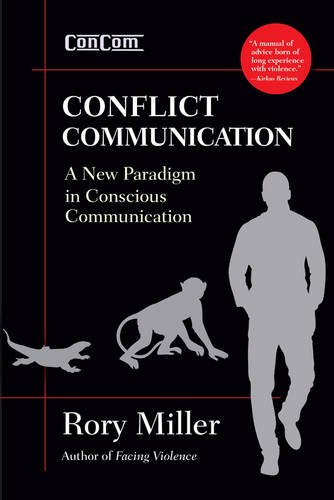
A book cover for Conflict Communication (ConCom): A New Paradigm in Conscious Communication; Rory Miller; Parenting & Relationships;